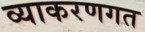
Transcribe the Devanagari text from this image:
व्याकरणगत